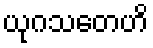
ယုဂသတေဟိ